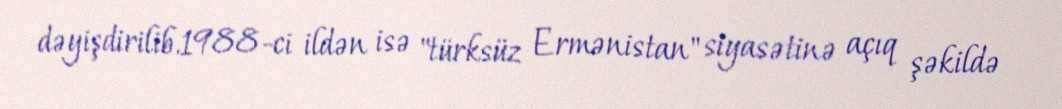
dəyişdirilib.1988-ci ildən isə "türksüz Ermənistan" siyasətinə açıq şəkildə